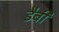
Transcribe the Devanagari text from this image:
डैबी